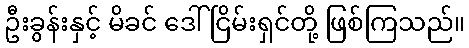
ဦးခွန်းနှင့် မိခင် ဒေါ်ငြိမ်းရှင်တို့ ဖြစ်ကြသည်။